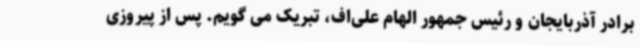
برادر آذربایجان و رئیس جمهور الهام علی‌اف، تبریک می گویم. پس از پیروزی